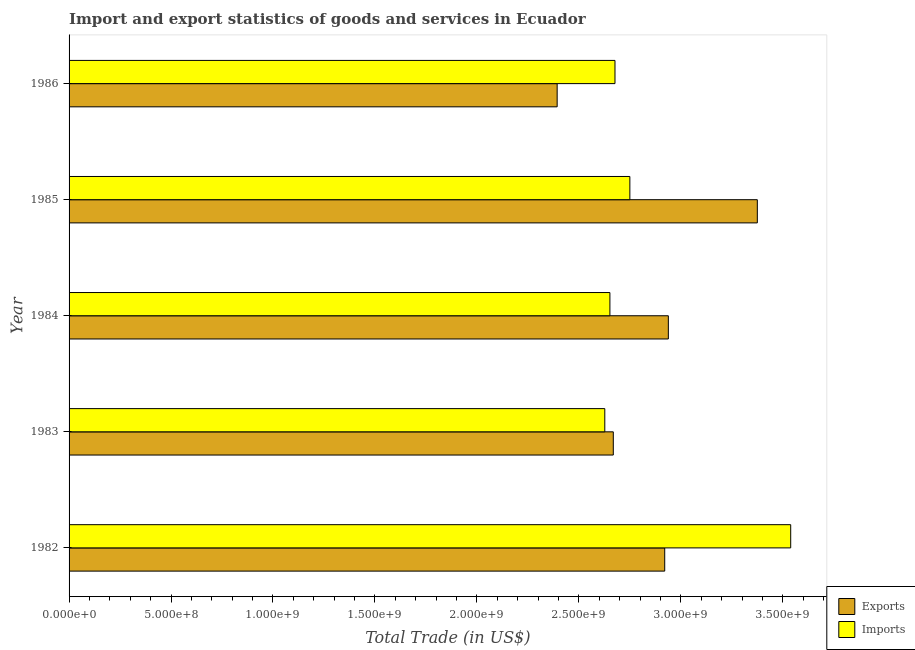
| Year | Exports | Imports |
 | --- | --- | --- |
 | 1982 | 2.92e+09 | 3.54e+09 |
 | 1983 | 2.67e+09 | 2.63e+09 |
 | 1984 | 2.94e+09 | 2.65e+09 |
 | 1985 | 3.38e+09 | 2.75e+09 |
 | 1986 | 2.39e+09 | 2.68e+09 |